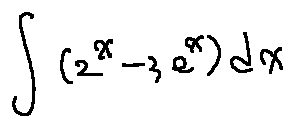
\int ( 2 ^ { x } - 3 e ^ { x } ) d x